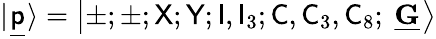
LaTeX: |\ \! \underline{{{\sf p}}}\ \! \rangle=\left|\pm;\pm;{\sf X};{\sf Y};{\sf I},{\sf I}_{3};{\sf C},{\sf C}_{3},{\sf C}_{8};\ \underline{{{\mathbf G}}}\ \! \right>